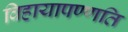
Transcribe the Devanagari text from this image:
विहायापण्णति